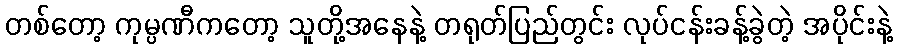
တစ်တော့ ကုမ္ပဏီကတော့ သူတို့အနေနဲ့ တရုတ်ပြည်တွင်း လုပ်ငန်းခန့်ခွဲတဲ့ အပိုင်းနဲ့